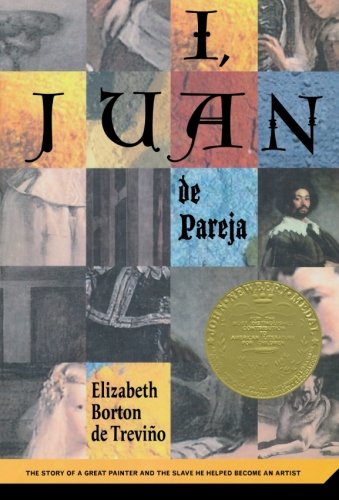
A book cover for I, Juan de Pareja; Elizabeth Borton De Trevino; Teen & Young Adult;